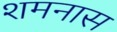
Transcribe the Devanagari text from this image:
शमनास